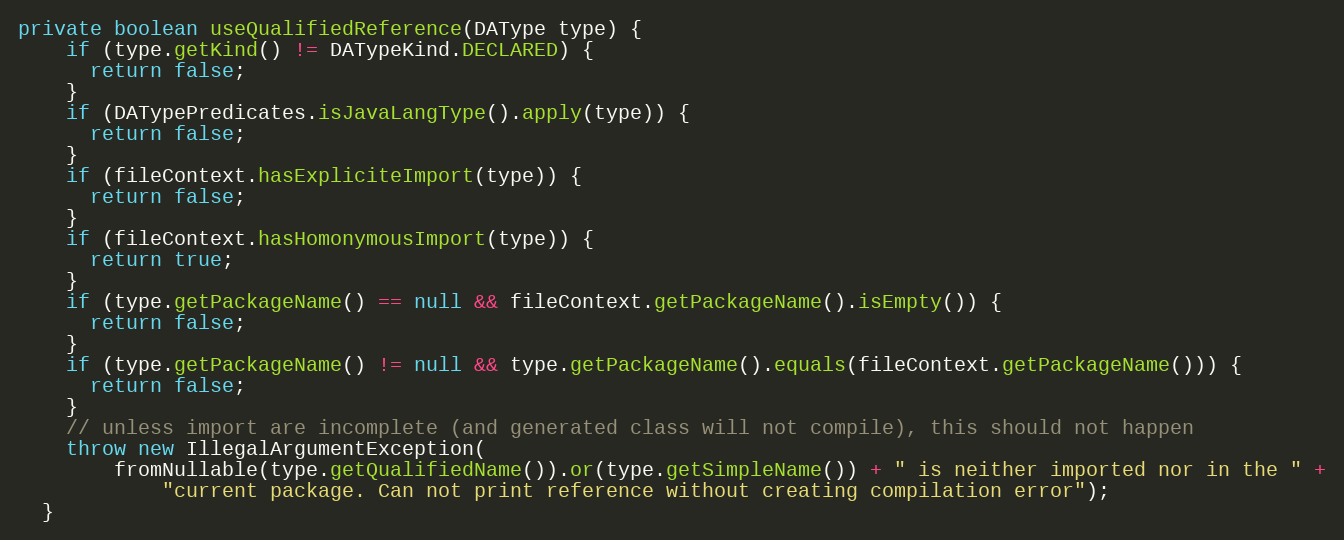
Language: Java
private boolean useQualifiedReference(DAType type) {
    if (type.getKind() != DATypeKind.DECLARED) {
      return false;
    }
    if (DATypePredicates.isJavaLangType().apply(type)) {
      return false;
    }
    if (fileContext.hasExpliciteImport(type)) {
      return false;
    }
    if (fileContext.hasHomonymousImport(type)) {
      return true;
    }
    if (type.getPackageName() == null && fileContext.getPackageName().isEmpty()) {
      return false;
    }
    if (type.getPackageName() != null && type.getPackageName().equals(fileContext.getPackageName())) {
      return false;
    }
    // unless import are incomplete (and generated class will not compile), this should not happen
    throw new IllegalArgumentException(
        fromNullable(type.getQualifiedName()).or(type.getSimpleName()) + " is neither imported nor in the " +
            "current package. Can not print reference without creating compilation error");
  }